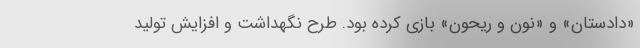
«دادستان» و «نون و ریحون» بازی کرده بود. طرح نگهداشت و افزایش تولید